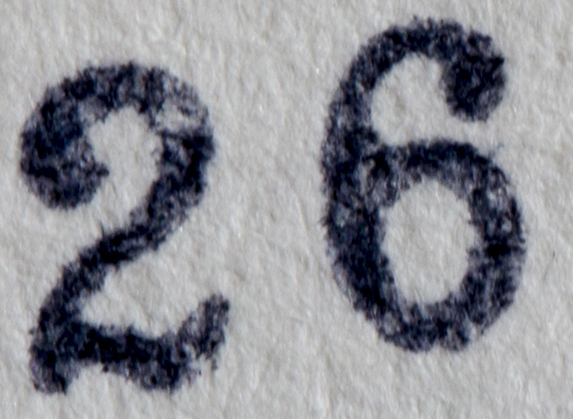
26